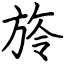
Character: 旍